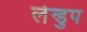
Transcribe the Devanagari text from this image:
लेन्डुप